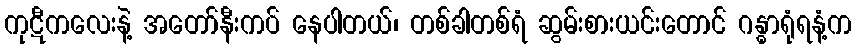
ကုဋီကလေးနဲ့ အတော်နီးကပ် နေပါတယ်၊ တစ်ခါတစ်ရံ ဆွမ်းစားယင်းတောင် ဂန္ဓာရုံရနံ့က